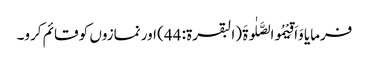
فرمایا وَاَقِیْمُوالصَّلٰوۃَ (البقرۃ: 44) اور نمازوں کو قائم کرو۔